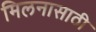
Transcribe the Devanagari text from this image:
मिलनासाठी